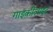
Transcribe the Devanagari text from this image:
गाइकीलाइट